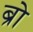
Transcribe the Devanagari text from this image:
ब्रो